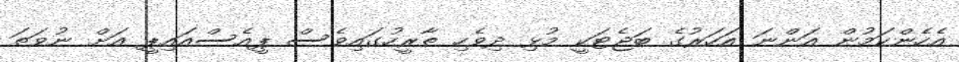
އެހެންކަމުން އަންނަ އަހަރުގެ ބަޖެޓަކީ މުޅި ދިވެހި ތާރީހުގައިވެސް ޕީއެސްއައިޕީ އަށް ނުވަތަ